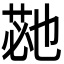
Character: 𮏡